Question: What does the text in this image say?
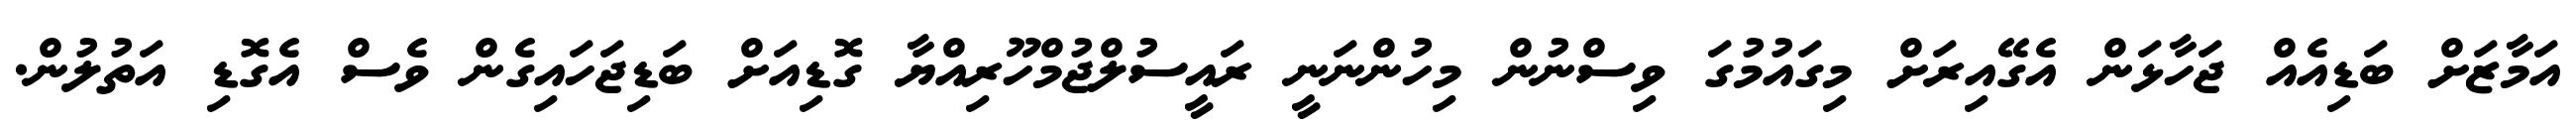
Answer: އަމާޒަށް ބަޑިއެއް ޖަހާޅަން އެގޭއިރަށް މިގައުމުގަ ވިސްނުން މިހުންނަނީ ރައީސުލްޖުމްހޫރިއްޔާ ގޮޑިއަށް ބަޑިޖަހައިގެން ވެސް އެގޮޑި އަތުލުން.